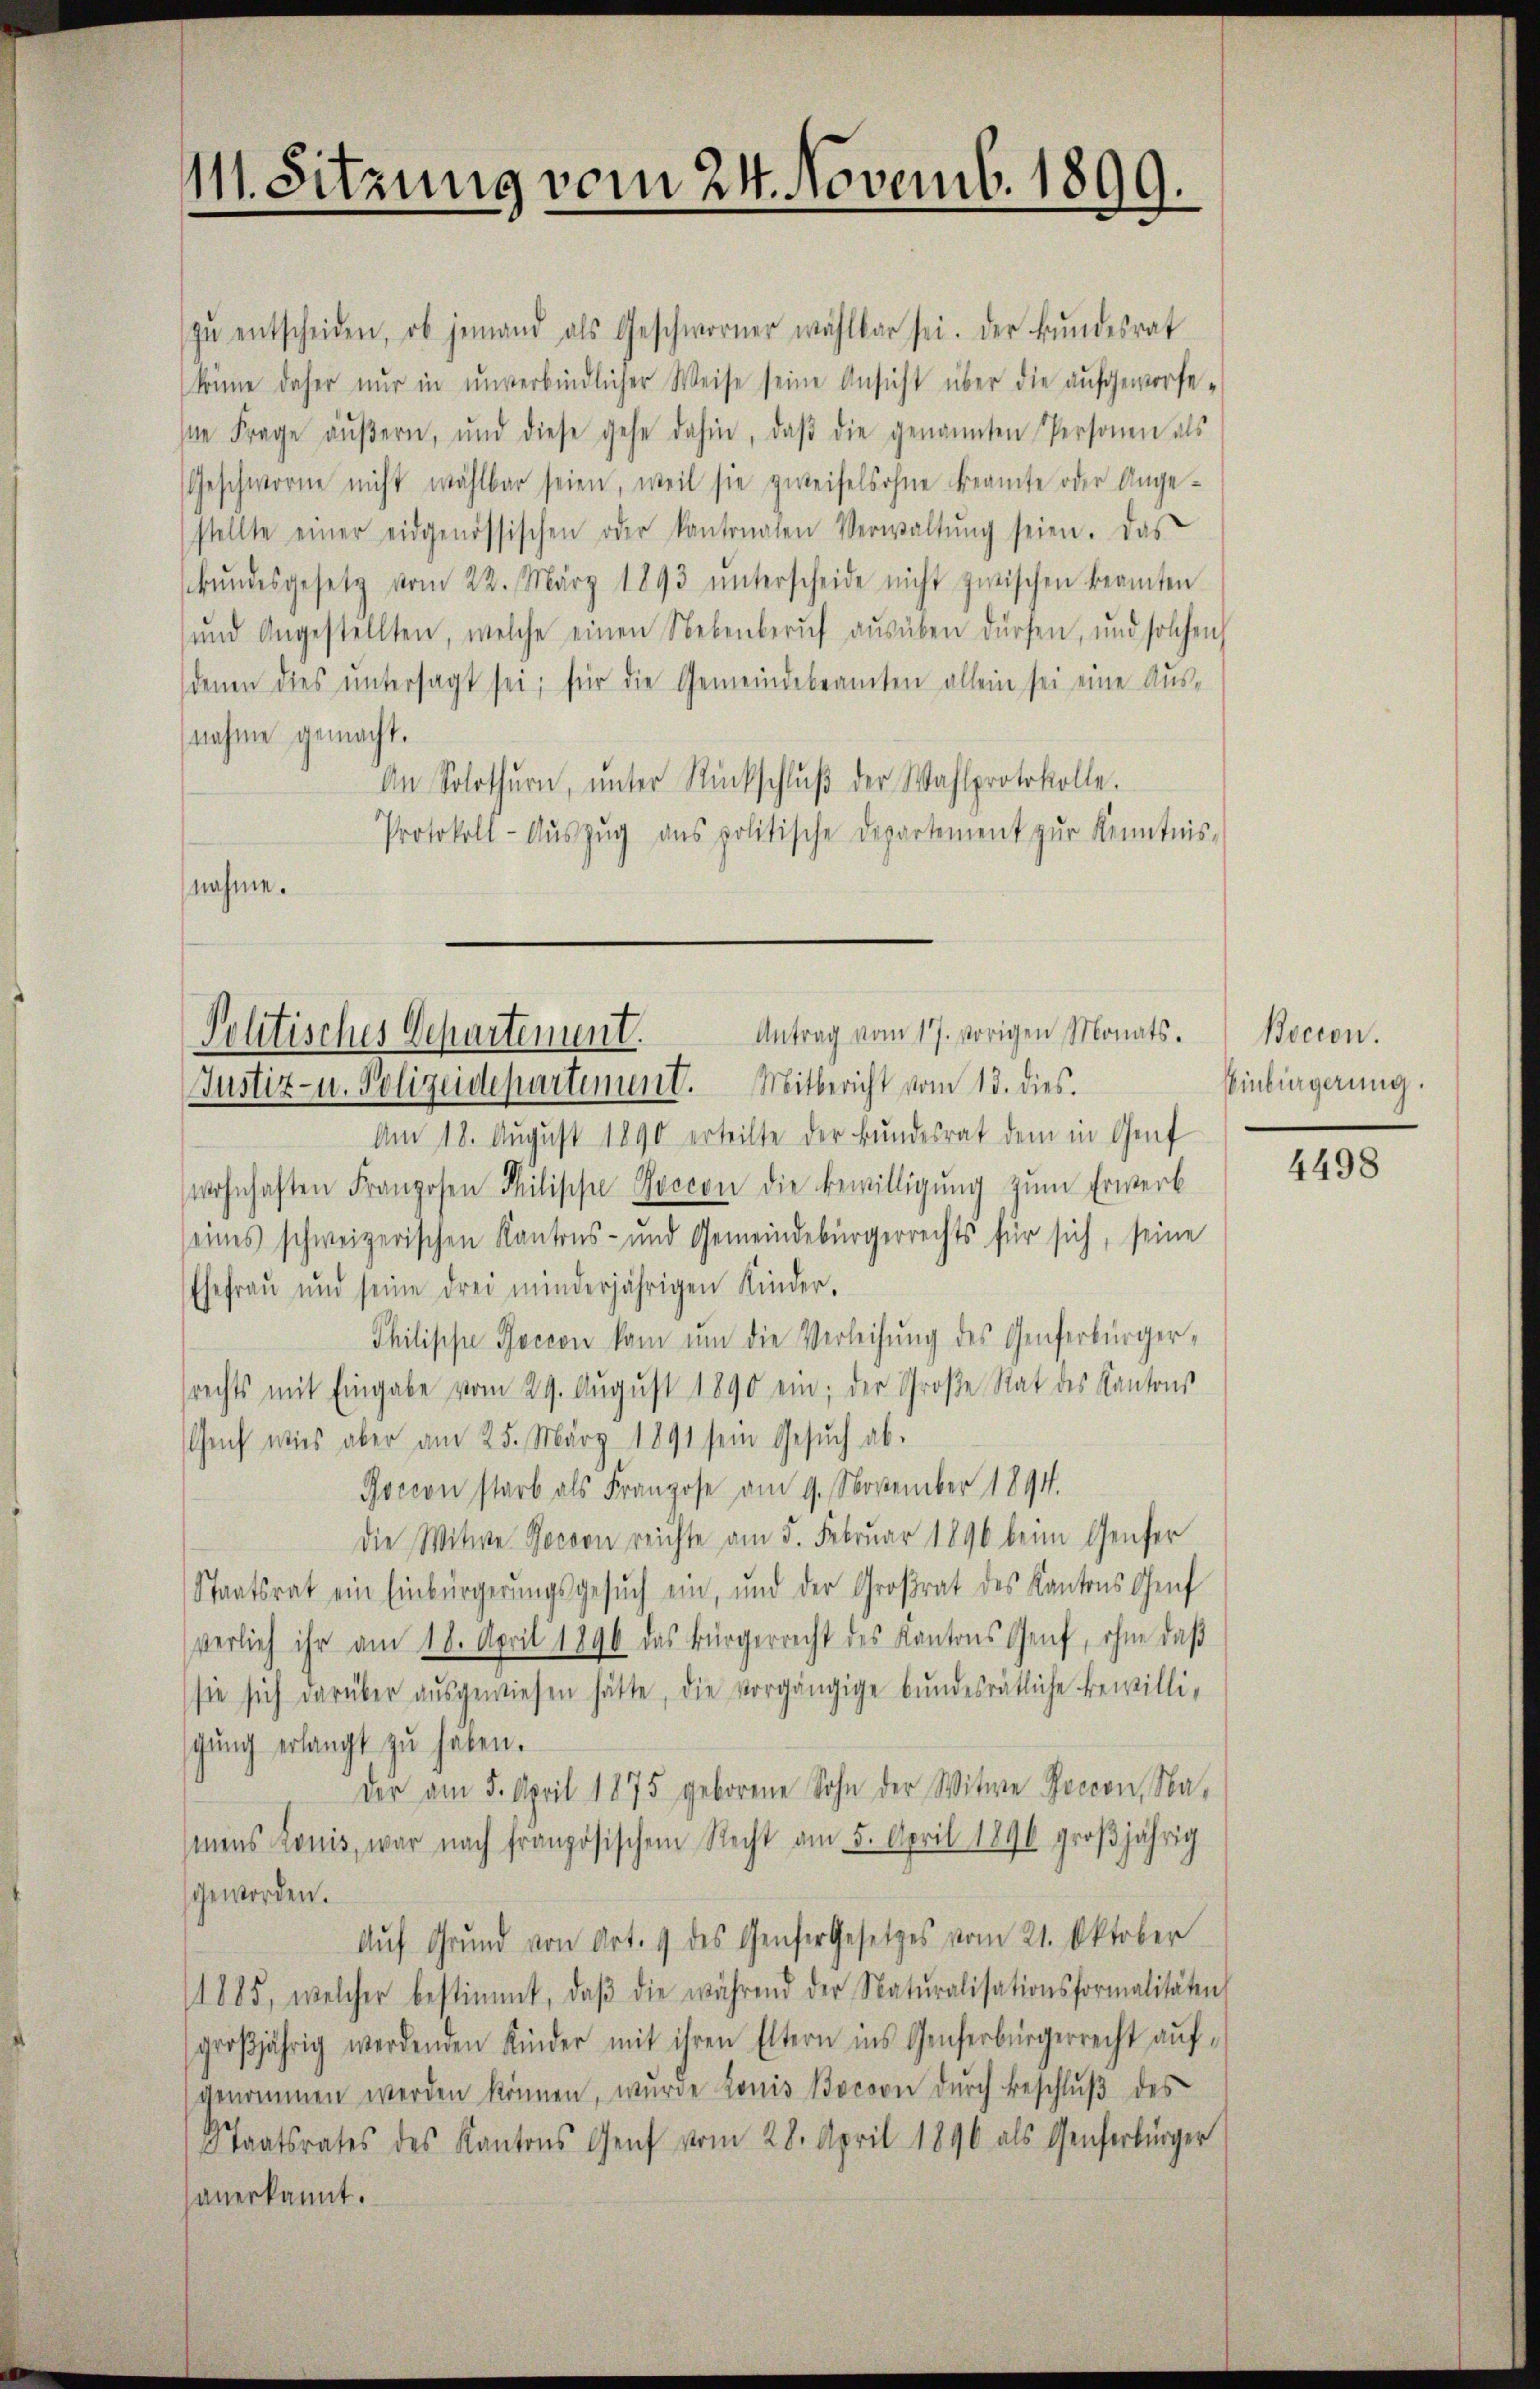
111. Sitzung vom 24. Novemb. 1899.

Politisches Departement. Antrag vom 17. vorigen Monats.
Justiz- u. Polizeidepartement. Mitbericht vom 13. dies.

zŭ entscheiden, ob jemand als Geschworner wählbar sei. Der Bŭndesrat
könne daher nur in unverbindlicher Weise seine Ansicht über die aufgeworfe-
se Frage aŭβern, und diese gehe dahin, daβ die genannten Personen als
Geschworne nicht wählbar seien, weil sie zweifelsohne Beamte oder Ange-
stellte einer eidgenössischen oder Kantonalen Verwaltŭng seien. Das
ŭndesgesetz vom 22. März 1893 ŭnterscheide nicht zwischen beamten
und Angestellten, welche einen Nebenberuf ausüben dürfen, und solchen
denen dies ŭntersagt sei; für die Gemeindebeamten allein sei eine Aus-
nahme gemacht.
An Solothurn, ŭnter Rückschlŭβ der Wahlprotokolle.
Protokoll-Aŭszŭg ans politische Departement zŭr Kenntnis-
nahme.

Am 18. August 1890 erteilte der Bundesrat dem in Genf
wohnhaften Franzosen Philische Poccon die Bewilligung zum Erwerb
seines schweizerischen Kantons- und Gemeindebürgerrechts für sich, seine
Ehefrau und seine drei minderjährigen Kinder.
Philische Roccon kam um die Verleihung des Genferbürgerrechts mit Eingabe vom 29. Aŭgŭst 1890 ein; der Große Rat des Kantons
Auch wies aber am 25. März 1891 sein Gesŭch ab.
Rocion starb als Franzose am 9. November 1891.
Die Witwe Jorvon reichte am 5. Februar 1896 beim Genfer
Staatsrat ein Einbürgerungsgesŭch ein, und der Großrat des Kantons Genf
verlieh ihr am 18. April 1896 das Bürgerrecht des Kantons Genf, ohne daβ
sie sich darüber aŭsgewiesen hätte, die vorgängige bŭndesrätliche Bewilli-
gŭng erlangt zu haben.
Der am 5. April 1875 geborene Sohn der Witwe Jocron, Namens Konis, war nach französischem Recht am 5. April 1890 groβjährig
geworden.
Auf Grund von Art. 9 des Genfer Gesetzes vom 21. Oktober
/1885, welcher bestimmt, daβ die während der Natŭralisationsformalitäten
großjährig werdenden Kinder mit ihren Eltern ins Genferbürgerrecht aŭf-
genommen werden können, wurde Lonio Bocoon dŭrch Beschlŭβ des
Staatsrates des Kantons Genf vom 28. April 1896 als Generbürger
anerkannt.

Bocion.
Einbürgerung.

4498